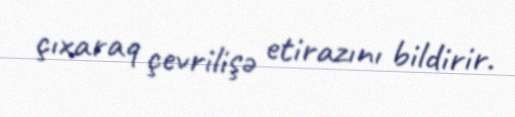
çıxaraq çevrilişə etirazını bildirir.